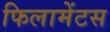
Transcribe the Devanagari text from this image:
फिलामेंटस